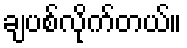
ချပစ်လိုက်တယ်။